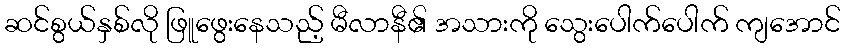
ဆင်စွယ်နှစ်လို ဖြူဖွေးနေသည့် မီလာနီ၏ အသားကို သွေးပေါက်ပေါက် ကျအောင်